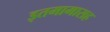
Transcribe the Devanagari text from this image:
इतमामासह